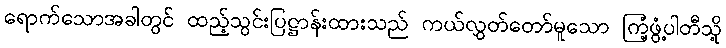
ရောက်သောအခါတွင် ထည့်သွင်းပြဋ္ဌာန်းထားသည် ကယ်လွှတ်တော်မူသော ကြံ့ဖွံ့ပါတီသို့